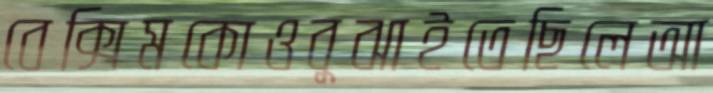
বেক্সিমকোওবুঝাইতেছিলেআ